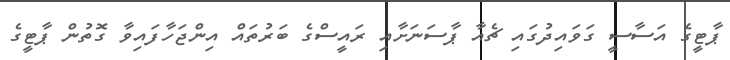
ޕާޓީގެ އަސާސީ ގަވައިދުގައި ޗެއާ ޕާސަނަށާއި ރައީސްގެ ބަރުތައް އިންޖަހާފައިވާ ގޮތުން ޕާޓީގެ